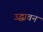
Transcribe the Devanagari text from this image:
उद्धावन